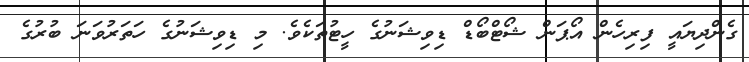
ގެންދިޔައީ ފިރިހެން އޯޕަން ޝޯޓްބޯޑް ޑިވިޝަނުގެ ހީޓުތަކެވެ. މި ޑިވިޝަނުގެ ހަތަރުވަނަ ބުރުގެ